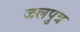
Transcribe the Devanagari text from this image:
जलपुत्र